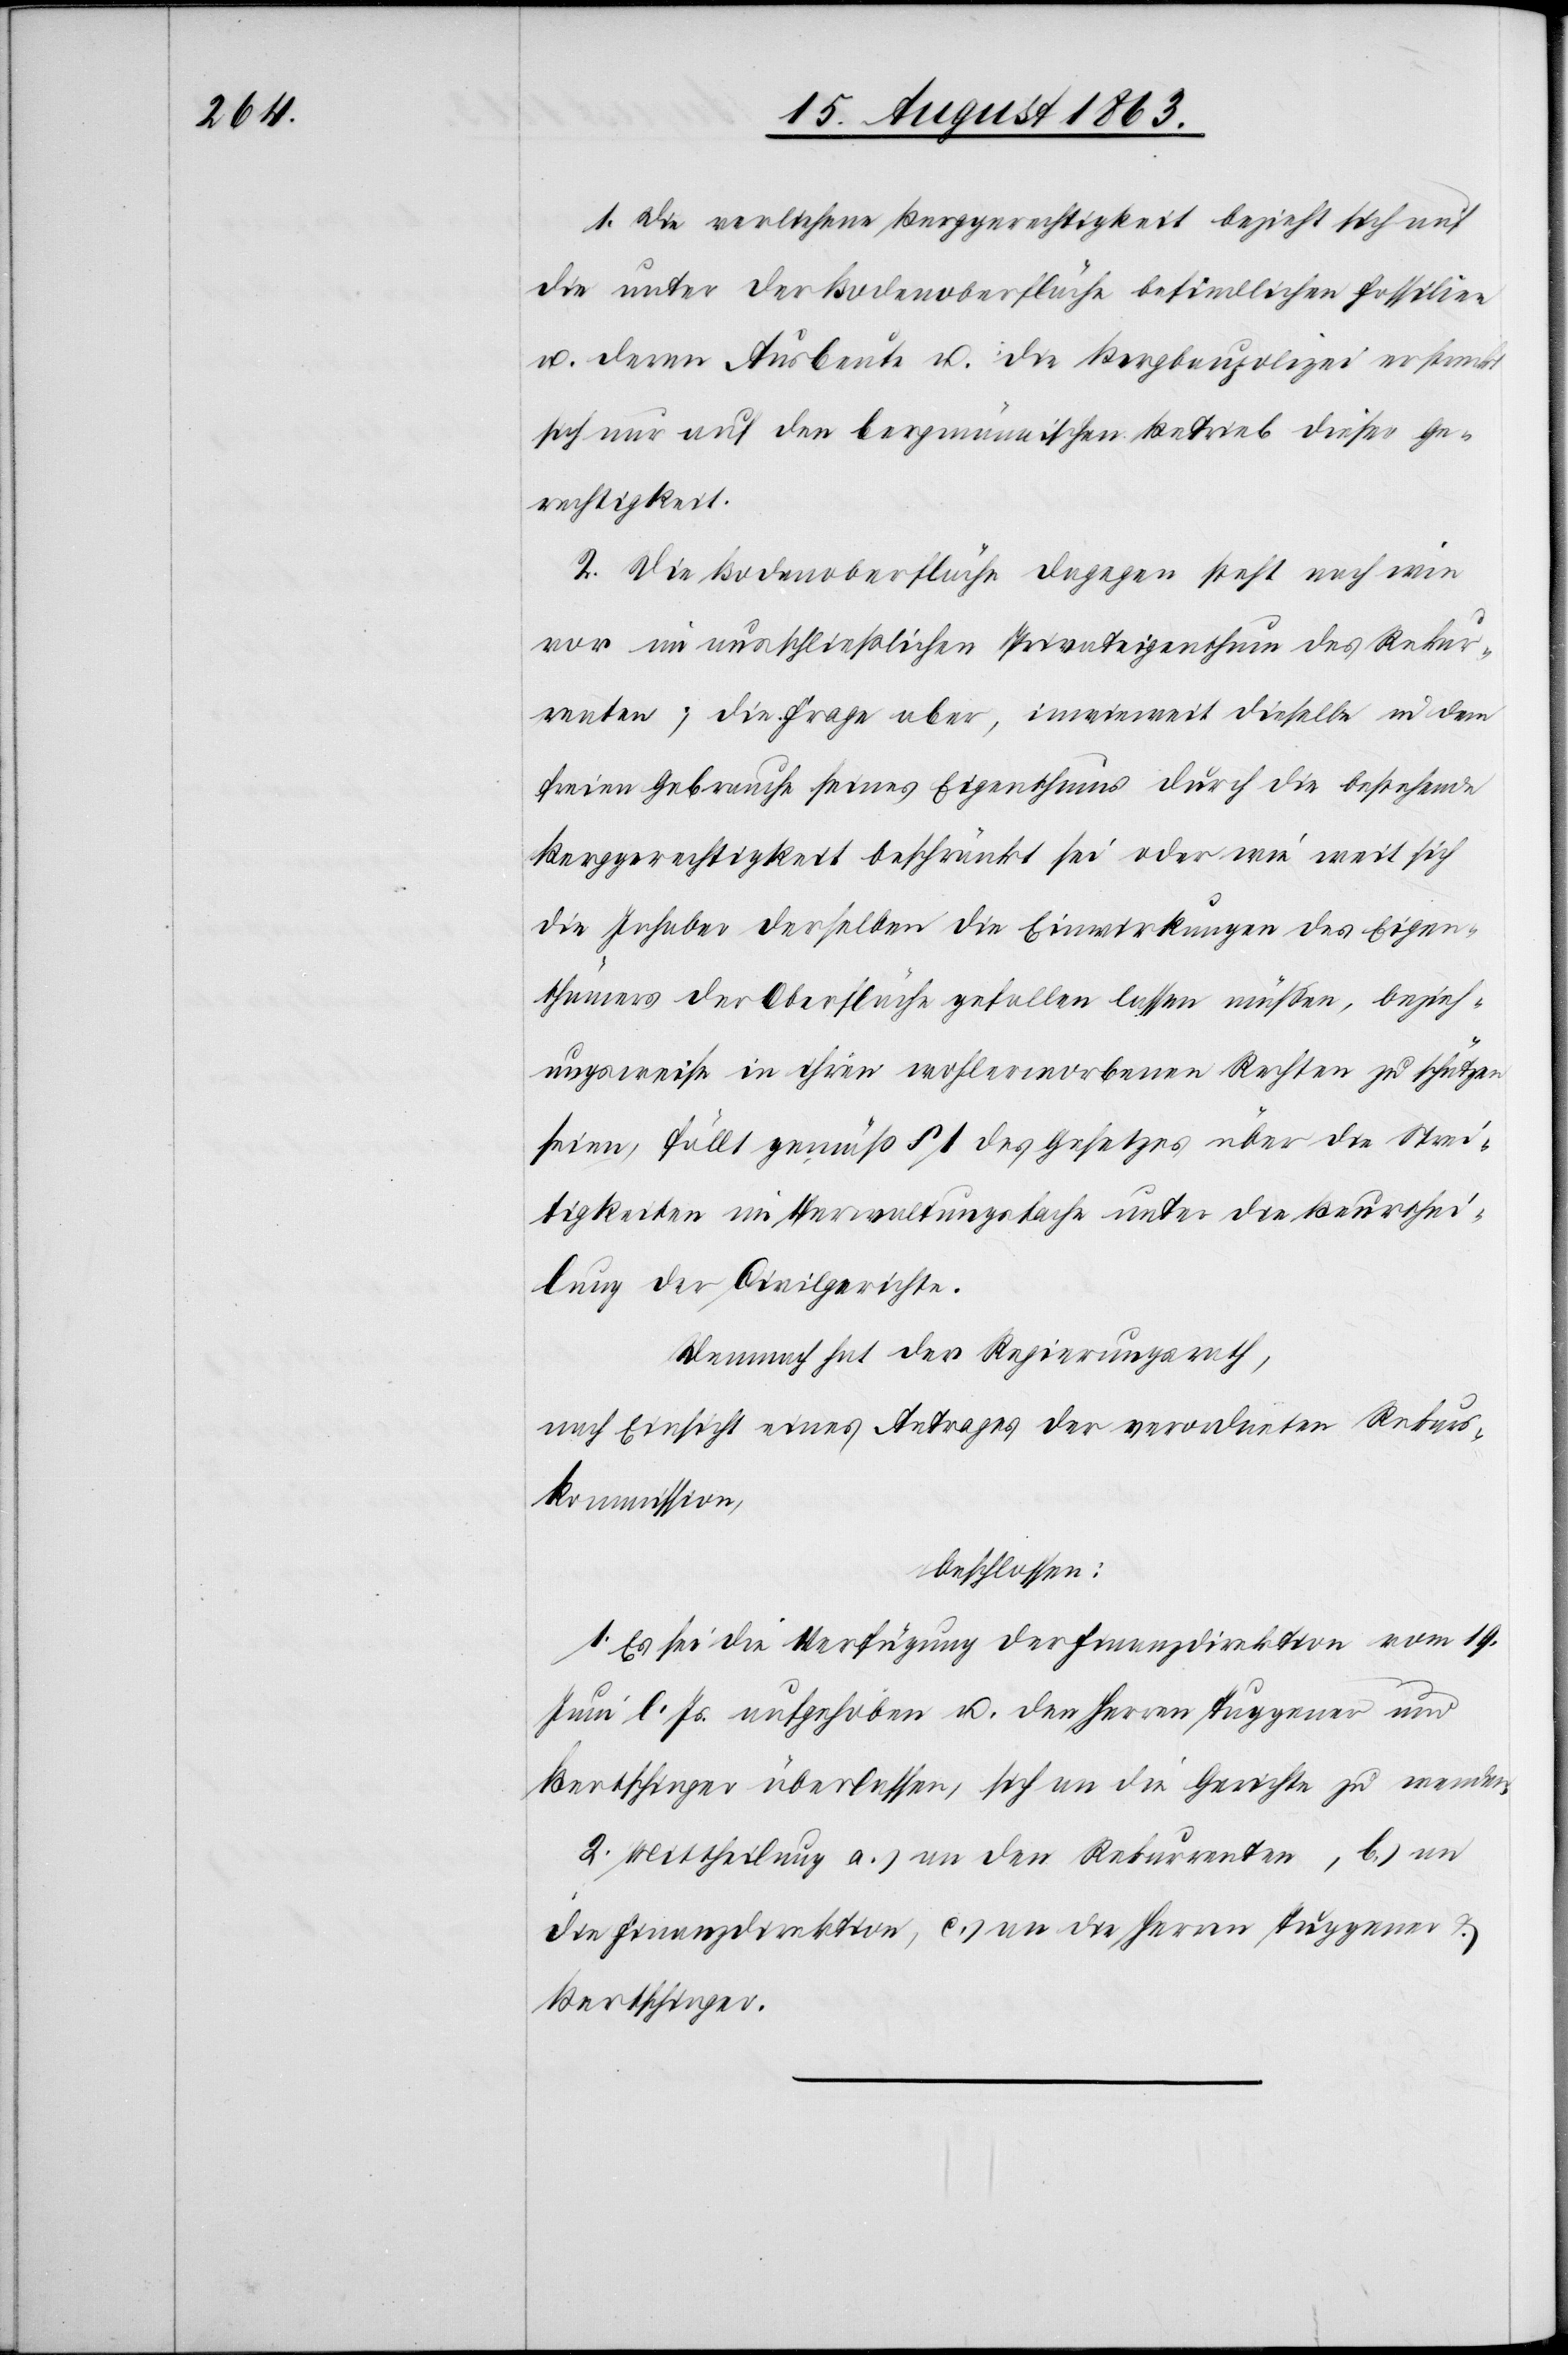
1. Die verliehene Berggerechtigkeit bezieht sich auf
die unter der Bodenoberfläche befindlichen Fossilien
u. deren Ausbeute u. die Bergbaupolizei erstreckt
sich nur auf den bergmännischen Betrieb dieser Ge¬
rechtigkeit.
2. Die Bodenoberfläche dagegen steht nach wie
vor im ausschließlichen Privateigenthum des Rekur¬
renten; die Frage aber, inwieweit dieselbe in dem
freien Gebrauche seines Eigenthums durch die bestehende
Berggerechtigkeit beschränkt sei oder wie weit sich
die Inhaber derselben die Einwirkungen des Eigen¬
thümers der Oberfläche gefallen lassen müßen, bezieh¬
ungsweise in ihren wohlerworbenen Rechten zu schützen
seien, fällt gemäß § 1 des Gesetzes über die Strei¬
tigkeiten im Verwaltungsfache unter die Beurthei¬
lung der Civilgerichte.
Demnach hat der Regierungsrath,
nach Einsicht eines Antrages der verordneten Rekurs¬
kommission,
beschlossen:
1. Es sei die Verfügung der Finanzdirektion vom 19.
Juni l. Js. aufgehoben u. den Herren Tuggener und
Bertschinger überlassen, sich an die Gerichte zu wenden.
2. Mittheilung a.) an den Rekurrenten, b.) an
die Finanzdirektion, c.) an die Herren Tuggener &
Bertschinger.